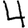
Digit: 4